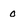
Character: 0